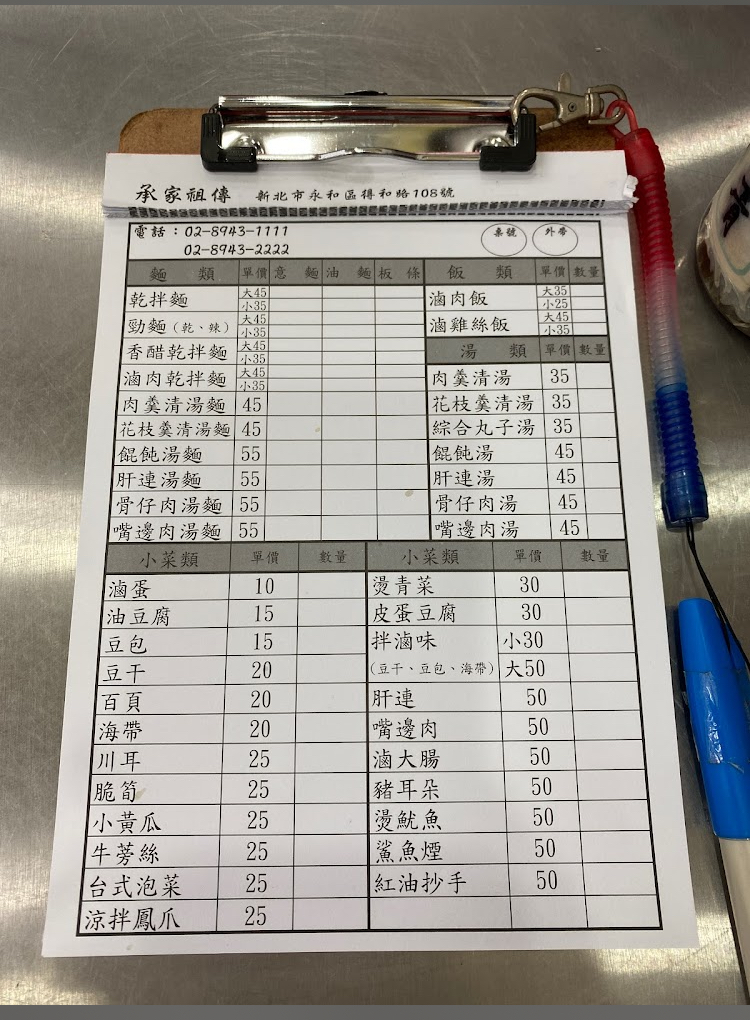
餐廳：承家祖傳
地址：新北市永和區得和路108號
電話：02-8943-111102-8943-2222
菜單：
name: 乾拌麵大
price: 45
name: 乾拌麵小
price: 35
name: 勁麵(乾、辣)大
price: 45
name: 勁麵(乾、辣)小
price: 35
name: 香醋乾拌麵大
price: 45
name: 香醋乾拌麵小
price: 35
name: 滷肉乾拌麵大
price: 45
name: 滷肉乾拌麵小
price: 35
name: 肉羹清湯麵
price: 45
name: 花枝羹清湯麵
price: 45
name: 餛飩湯麵
price: 55
name: 肝連湯麵
price: 55
name: 骨仔肉湯麵
price: 55
name: 嘴邊肉湯麵
price: 55
name: 滷蛋
price: 10
name: 油豆腐
price: 15
name: 豆包
price: 15
name: 豆干
price: 15
name: 百頁
price: 15
name: 海帶
price: 20
name: 川耳
price: 25
name: 脆筍
price: 25
name: 小黃瓜
price: 25
name: 牛蒡絲
price: 25
name: 台式泡菜
price: 25
name: 涼拌鳳爪
price: 25
name: 滷肉飯大
price: 35
name: 滷肉飯小
price: 25
name: 滷雞絲飯大
price: 45
name: 滷雞絲飯小
price: 35
name: 肉羹清湯
price: 35
name: 花枝羹清湯
price: 35
name: 綜合丸子湯
price: 35
name: 餛飩湯
price: 45
name: 肝連湯
price: 45
name: 骨仔肉湯
price: 45
name: 嘴邊肉湯
price: 45
name: 燙青菜
price: 30
name: 皮蛋豆腐
price: 30
name: 拌滷味(豆千、豆包、海帶)小
price: 30
name: 拌滷味(豆千、豆包、海帶)大
price: 50
name: 肝連
price: 50
name: 嘴邊肉
price: 50
name: 滷大腸
price: 50
name: 豬耳朵
price: 50
name: 燙魷魚
price: 50
name: 煮魚煙
price: 50
name: 紅油抄手
price: 50